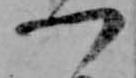
一